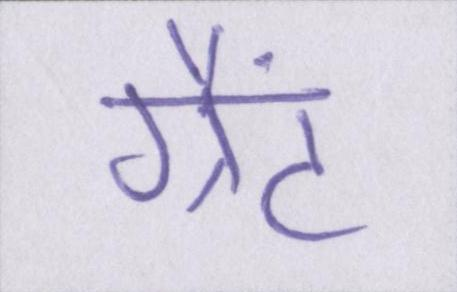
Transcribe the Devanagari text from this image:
ग्रैंट